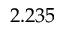
2 . 2 3 5